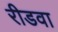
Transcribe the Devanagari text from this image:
रीडवा